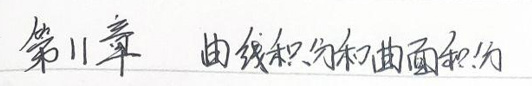
第11章 曲线积分和曲面积分